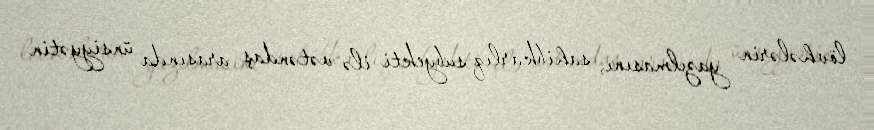
lövhələrin yazılmasını, sahibkarlıq subyekti ilə vətəndaş arasında ünsiyyətin